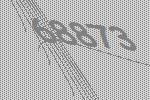
68873